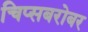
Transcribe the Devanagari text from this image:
चिप्सबरोबर